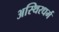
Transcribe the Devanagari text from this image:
अस्थिरधर्म